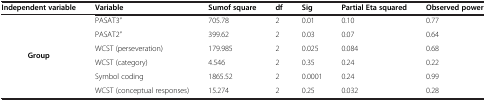
<table><thead><tr><td><b>Independent variable</b></td><td><b>Variable</b></td><td><b>Sumof square</b></td><td><b>df</b></td><td><b>Sig</b></td><td><b>Partial Eta squared</b></td><td><b>Observed power</b></td></tr></thead><tbody><tr><td rowspan="6"><b>Group</b></td><td>PASAT3&quot;</td><td>705.78</td><td>2</td><td>0.01</td><td>0.10</td><td>0.77</td></tr><tr><td>PASAT2&quot;</td><td>399.62</td><td>2</td><td>0.03</td><td>0.07</td><td>0.64</td></tr><tr><td>WCST (perseveration)</td><td>179.985</td><td>2</td><td>0.025</td><td>0.084</td><td>0.68</td></tr><tr><td>WCST (category)</td><td>4.546</td><td>2</td><td>0.35</td><td>0.24</td><td>0.22</td></tr><tr><td>Symbol coding</td><td>1865.52</td><td>2</td><td>0.0001</td><td>0.24</td><td>0.99</td></tr><tr><td>WCST (conceptual responses)</td><td>15.274</td><td>2</td><td>0.25</td><td>0.032</td><td>0.28</td></tr></tbody></table>